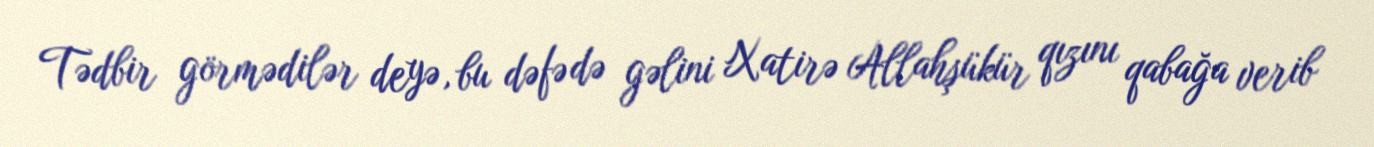
Tədbir görmədilər deyə, bu dəfə də gəlini Xatirə Allahşükür qızını qabağa verib